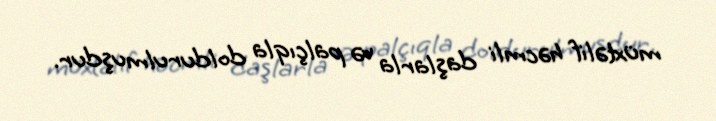
müxtəlif həcmli daşlarla və palçıqla doldurulmuşdur.